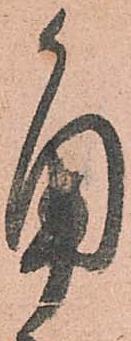
角